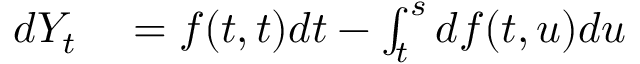
\begin{array} { r l } { d Y _ { t } } & { { } = f ( t , t ) d t - \int _ { t } ^ { s } d f ( t , u ) d u } \end{array}